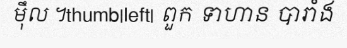
ម៉ឹល ។thumb|left| ពួក ទាហាន បារាំង